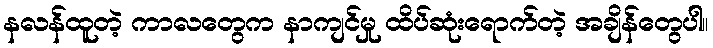
နလန်ထူတဲ့ ကာလတွေက နာကျင်မှု ထိပ်ဆုံးရောက်တဲ့ အချိန်တွေပါ။